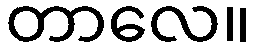
တာလေ။